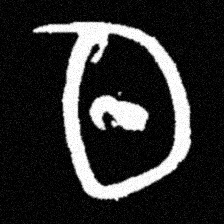
Pyu character \u2014 Myanmar letter: ထ (romanized: tha)